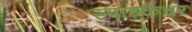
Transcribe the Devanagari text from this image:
स्पाइकैचर